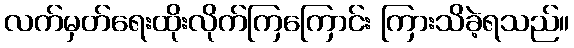
လက်မှတ်ရေးထိုးလိုက်ကြကြောင်း ကြားသိခဲ့ရသည်။